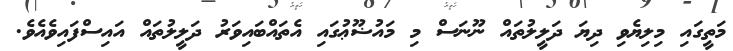
މަތީގައި މިލިޔެވި ދިޔަ ދަލީލުތައް ނޫނަސް މި މައުޟޫޢުގައި އެތައްބައިވަރު ދަލީލުތައް އައިސްފައިވެއެވެ.